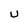
Character: u